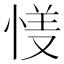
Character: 𱞦